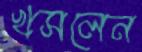
খসলেন